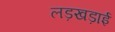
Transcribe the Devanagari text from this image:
लड़खड़ाई